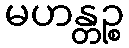
မဟန္တဉ္စ